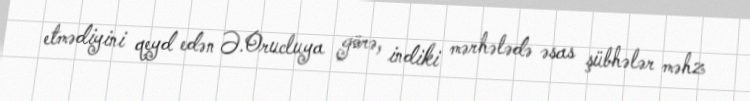
etmədiyini qeyd edən Ə.Orucluya görə, indiki mərhələdə əsas şübhələr məhz